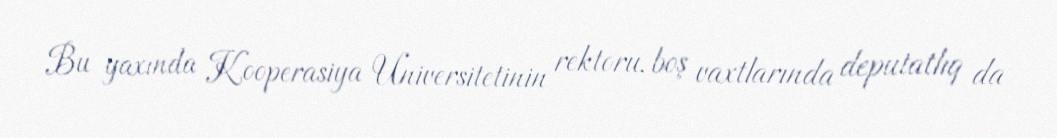
Bu yaxında Kooperasiya Universitetinin rektoru, boş vaxtlarında deputatlıq da